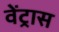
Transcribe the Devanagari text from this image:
वेंट्रास